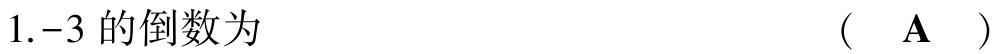
1.$-3$的倒数为  （  $\mathbf{A}$  ）